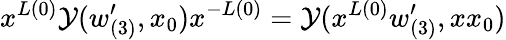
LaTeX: x^{L(0)}{\cal Y}(w_{(3)}^{\prime},x_{0})x^{-L(0)}={\cal Y}(x^{L(0)}w_{(3)}^{\prime},xx_{0})